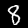
Digit: 8